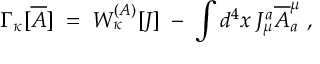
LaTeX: { \Gamma } _ { \kappa } [ \overline { { { A } } } ] \; = \; { W } _ { \kappa } ^ { ( { \cal A } ) } [ { \cal J } ] \; - \; \int d ^ { 4 } x \; { \cal J } _ { \mu } ^ { a } \overline { { { A } } } _ { a } ^ { \mu } \; ,